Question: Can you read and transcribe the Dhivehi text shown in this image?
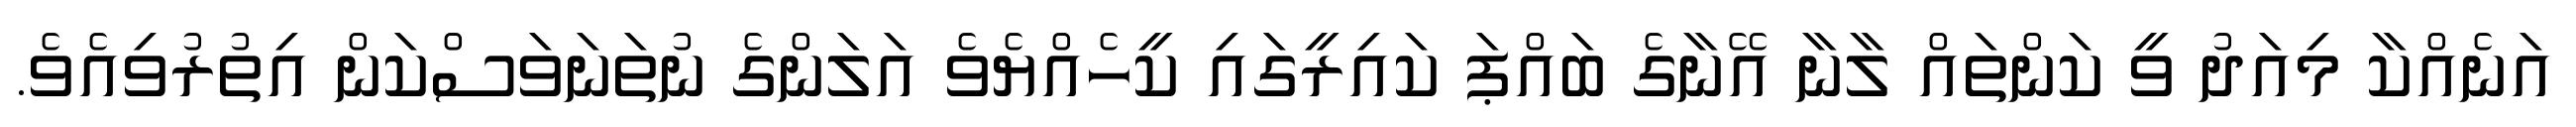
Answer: އަނެއްކާ މިއަދު ވީ ކަންތައް ލާނާ އޭނާގެ ބައްޕަ ކައިރީގައި ކީހެއްޔެވެ އަލަންގެ ނުތަނަވަސްކަން އިތުރުވިއެވެ.